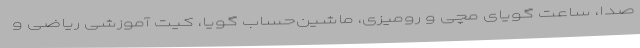
صدا، ساعت گویای مچی و رومیزی، ماشین‌حساب گویا، کیت آموزشی ریاضی و